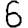
Digit: 6